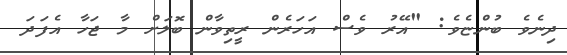
ދިނެވެ ބުންޏެވެ: "އޭރު ވެސް އަހަރެން ރީތިވާން ބޮލަށް މާ ޖަހާ އެފަދަ